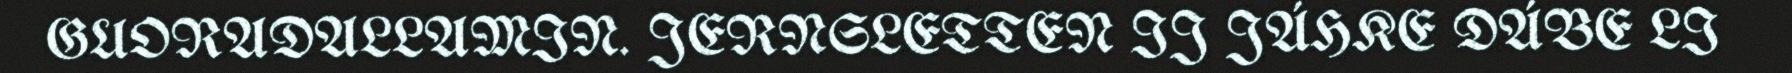
GUORADALLAMIN. JERNSLETTEN IJ JÁHKE DÁBE LI